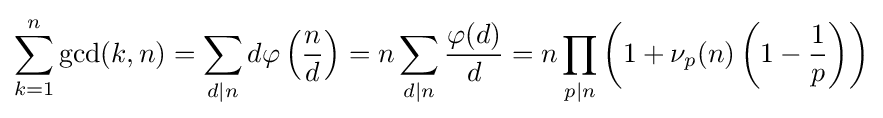
\sum _{k=1}^{n}\gcd(k,n)=\sum _{d|n}d\varphi \left({\frac {n}{d}}\right)=n\sum _{d|n}{\frac {\varphi (d)}{d}}=n\prod _{p|n}\left(1+\nu _{p}(n)\left(1-{\frac {1}{p}}\right)\right)